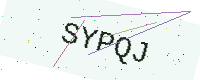
Text: SYPQJ